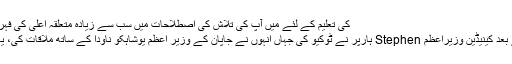
کی تعلیم کے لئے میں آپ کی تلاش کی اصطلاحات میں سب سے زیادہ متعلقہ اعلی کی فہرست میں ظاہر ہو ...
کے ایک دورے کے بعد کینیڈین وزیراعظم Stephen ہارپر نے ٹوکیو کی جہاں انہوں نے جاپان کے وزیر اعظم یوشاہکو ناودا کے ساتھ ملاقات کی، یہ کینیڈا اور جاپان ...